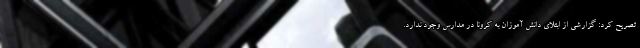
تصریح کرد: گزارشی از ابتلای دانش آموزان به کرونا در مدارس وجود ندارد.